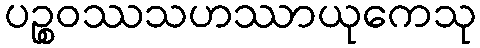
ပဉ္စဝဿသဟဿာယုကေသု